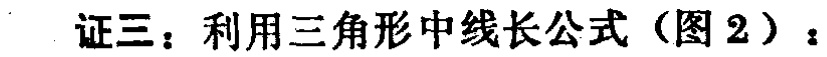
证三：利用三角形中线长公式（图 2）：